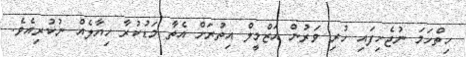
ހިތްހަމަ ނުޖެހިފައި ހުރި ވަރުން އަޒްމީލް އިތުރަށް އެތާ މަޑުކުރާ ހިޔާލެއް ނުކުރިއެވެ.